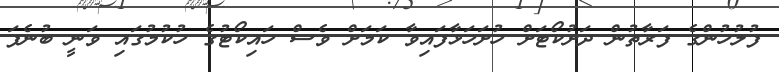
ފުލުހުންގެ ފަރާތުން ދަށުކޯޓަށް ހުށަހަޅާފައިވާ ކަމަށް ވެސް ހައިކޯޓުގެ ހުކުމުގައި ވަނީ ބުނެފަ